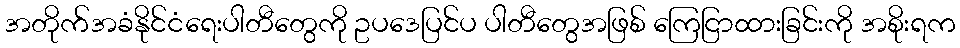
အတိုက်အခံနိုင်ငံရေးပါတီတွေကို ဥပဒေပြင်ပ ပါတီတွေအဖြစ် ကြေငြာထားခြင်းကို အစိုးရက